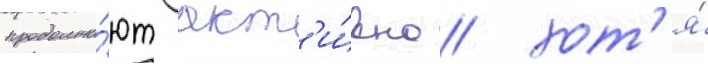
продолжа́ют акт'и́вно / хот'я́